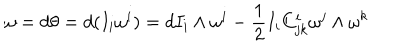
\omega = d \theta = d ( I _ { i } \omega ^ { i } ) = d I _ { i } \wedge \omega ^ { i } - \frac { 1 } { 2 } I _ { i } C _ { j k } ^ { i } \omega ^ { j } \wedge \omega ^ { k }